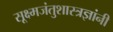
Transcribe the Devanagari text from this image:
सूक्ष्मजंतुशास्त्रज्ञांनी